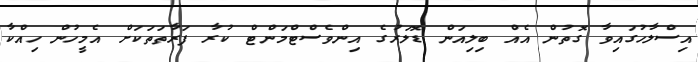
އިސްލާހުގައިވާ ގޮތުން އެއް ބިލިއަން ޑޮލަރުގެ އިންވެސްޓްމަންޓް ކުރާ ފަރާތަތަކަށް އެމީހުން ހިއްކާ